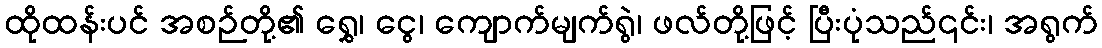
ထိုထန်းပင် အစဉ်တို့၏ ရွှေ၊ ငွေ၊ ကျောက်မျက်ရွဲ၊ ဖလ်တို့ဖြင့် ပြီးပုံသည်၎င်း၊ အရွက်